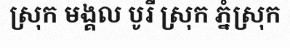
ស្រុក មង្គល បូរី ស្រុក ភ្នំស្រុក